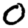
Digit: 0